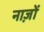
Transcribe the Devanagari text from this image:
नाज़ों